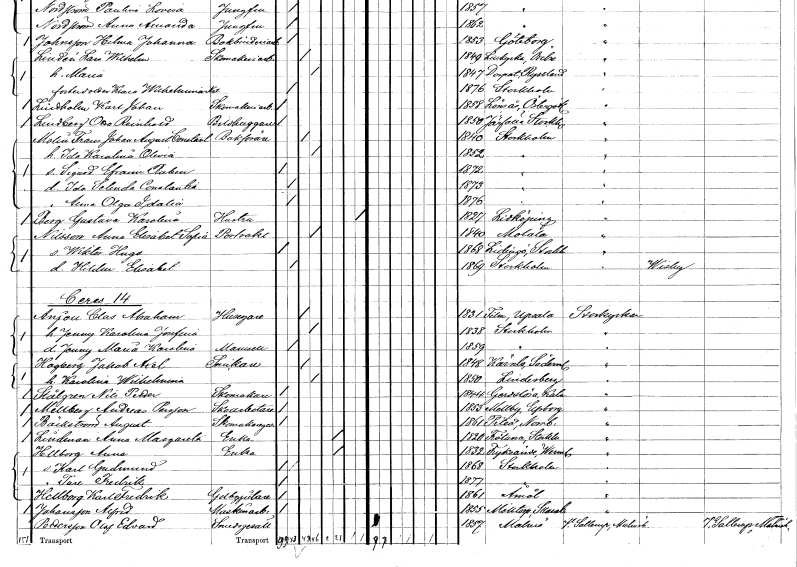
gt_parse: households: individuals: FN: Frans Johan August Constantin
EN: Molin
YRKE: Bokförare
KON: M
CIV: G
FODAR: 1840
FODFORS: Stockholm
FN: Ida Karolina Olivia
KON: K
CIV: G
FODAR: 1852
FODFORS: Stockholm
FN: Sigurd Efraim Ruben
KON: M
CIV: O
FODAR: 1872
FODFORS: Stockholm
FN: Ida Selinda Constantia
KON: K
CIV: O
FODAR: 1873
FODFORS: Stockholm
FN: Anna Olga Idalia
KON: K
CIV: O
FODAR: 1876
FODFORS: Stockholm
FN: Gustava Karolina
EN: Berg
YRKE: Hustru
KON: K
CIV: X
FODAR: 1827
FODFORS: Lidköping Skaraborgs län
FN: Anna Elisabet Sofia
EN: Nilsson
YRKE: Portvakt
KON: K
CIV: G
FODAR: 1840
FODFORS: Motala Östergötlands län
FN: Wiktor Hugo
KON: M
CIV: O
FODAR: 1868
FODFORS: Lidingö Stockholms län
FN: Hildur Elisabet
KON: K
CIV: O
FODAR: 1869
FODFORS: Stockholm
FN: Clas Abraham
EN: Anjou
YRKE: Husägare
KON: M
CIV: G
FODAR: 1831
FODFORS: Film Uppsala län
FN: Jenny Karolina Josefina
KON: K
CIV: G
FODAR: 1838
FODFORS: Stockholm
FN: Jenny Maria Karolina
KON: K
CIV: O
FODAR: 1859
FODFORS: Stockholm
FN: Jakob Axel
EN: Hagberg
YRKE: Snickare
KON: M
CIV: G
FODAR: 1848
FODFORS: Kärnbo Södermanlands län
FN: Karolina Wilhelmina
KON: K
CIV: G
FODAR: 1850
FODFORS: Lindesberg Örebro län
FN: Nils Petter
EN: Stålgren
YRKE: Skomakare
KON: M
CIV: O
FODAR: 1844
FODFORS: Gärdslösa Kalmar län
FN: Andreas
EN: Mellberg Persson
YRKE: Skoarbetare
KON: M
CIV: O
FODAR: 1853
FODFORS: Mellby Älvsborgs län
FN: August
EN: Bäckström
YRKE: Skomakaregesäll
KON: M
CIV: O
FODAR: 1861
FODFORS: Piteå Norrbottens län
FN: Anna Margareta
EN: Lindman
YRKE: Änka
KON: K
CIV: E
FODAR: 1820
FODFORS: Frötuna Stockholms län
FN: Anna
EN: Hellborg
YRKE: Änka
KON: K
CIV: E
FODAR: 1832
FODFORS: Fryksände Värmlands län
FN: Karl Gudmund
KON: M
CIV: O
FODAR: 1868
FODFORS: Stockholm
FN: Ture Fredrik
KON: M
CIV: O
FODAR: 1877
FODFORS: Stockholm
FN: Karl Fredrik
EN: Hellborg
YRKE: Gelbgjutare
KON: M
CIV: O
FODAR: 1861
FODFORS: Åmål Älvsborgs län
FN: Alfred
EN: Johansson
YRKE: Maskinarbetare
KON: M
CIV: O
FODAR: 1855
FODFORS: Mölltorp Skaraborgs län
FN: Olof Edvard
EN: Pettersson
YRKE: Smedsgesäll
KON: M
CIV: O
FODAR: 1857
FODFORS: Malmö Malmöhus län